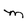
Character: m